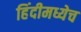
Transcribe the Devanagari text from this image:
हिंदीमध्येच